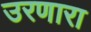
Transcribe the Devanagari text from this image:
उरणारा